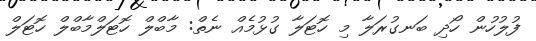
ފުލުހުން ހޯދި ބަނގުރަލާ މި ހޮޓަލާ ގުޅުމެއް ނެތް: މާބްލް ހޮޓަލްމާބްލް ހޮޓަލް